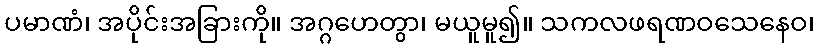
ပမာဏံ၊ အပိုင်းအခြားကို။ အဂ္ဂဟေတွာ၊ မယူမူ၍။ သကလဖရဏဝသေနေဝ၊